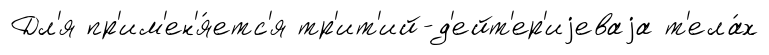
Дл'я пр'им'ен'я́етс'я тр'ит'ий-д'ейт'ер'иjеваjа т'ела́х